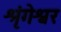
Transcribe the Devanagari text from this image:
श्रृंगेश्वर